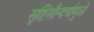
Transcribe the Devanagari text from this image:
सृष्टिसौन्दर्यामुळे